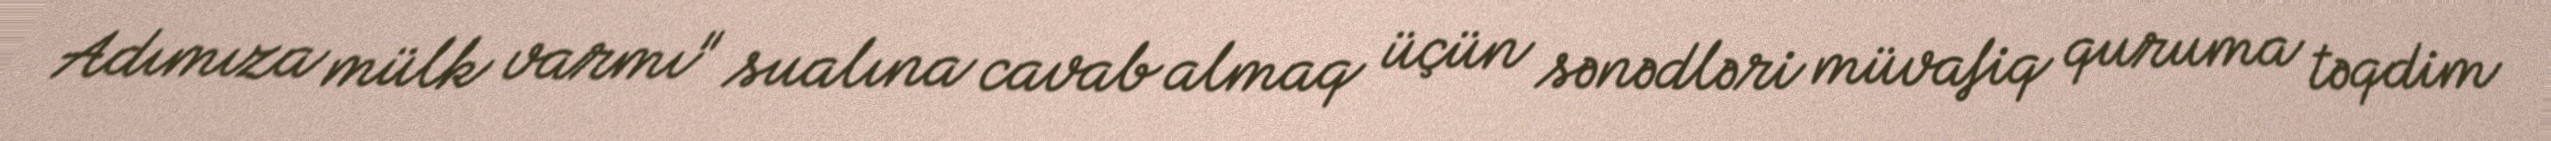
Adımıza mülk varmı" sualına cavab almaq üçün sənədləri müvafiq quruma təqdim